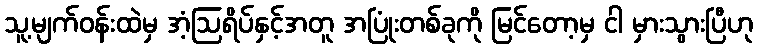
သူ့မျက်ဝန်းထဲမှ အံ့ဩရိပ်နှင့်အတူ အပြုံးတစ်ခုကို မြင်တော့မှ ငါ မှားသွားပြီဟု